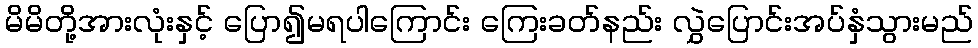
မိမိတို့အားလုံးနှင့် ပြော၍မရပါကြောင်း ကြေးခတ်နည်း လွှဲပြောင်းအပ်နှံသွားမည်